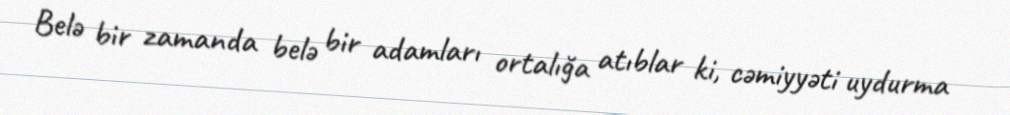
Belə bir zamanda belə bir adamları ortalığa atıblar ki, cəmiyyəti uydurma